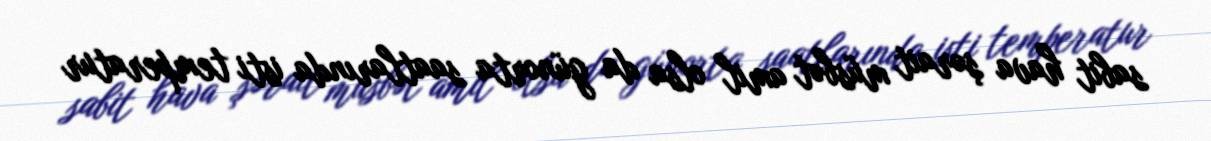
sabit hava şərait müsbət amil olsa da günorta saatlarında isti temperatur